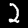
Digit: 2